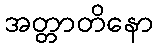
အတ္တာတိနော